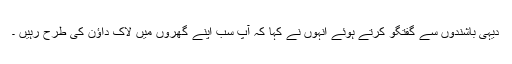
دیہی باشندوں سے گفتگو کرتے ہوئے انہوں نے کہا کہ آپ سب اپنے گھروں میں لاک داؤن کی طرح رہیں ۔